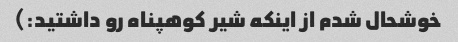
خوشحال شدم از اینکه شیر کوهپناه رو داشتید:)